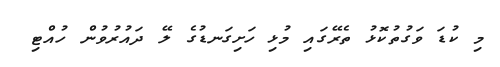
މި ކުޑަ ވަގުތުކޮޅު ތެރޭގައި މުޅި ހަށިގަނޑުގެ ލޭ ދައުރުވުން ހުއްޓި